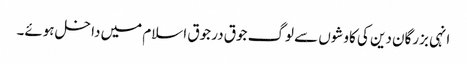
انہی بزرگان دین کی کاوشوں سے لوگ جوق در جوق اسلام میں داخل ہوئے۔